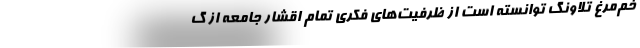
خم‌مرغ تلاونگ توانسته است از ظرفیت‌های فکری تمام اقشار جامعه از گ